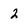
Character: 2